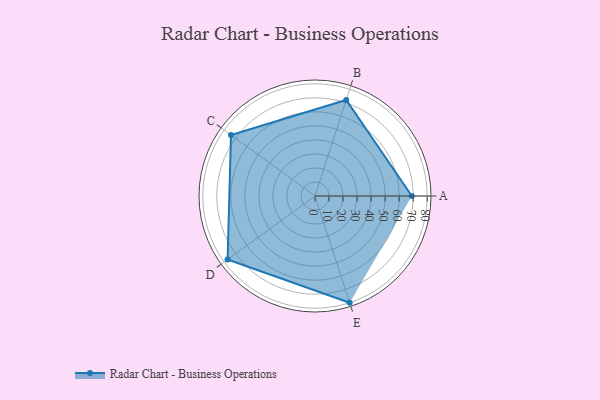
{"axis": {"x": "Skill", "y": "Score"}, "legend": ["Profile"], "data": [{"x": "A", "y": 69.0, "type": "Profile"}, {"x": "B", "y": 72.0, "type": "Profile"}, {"x": "C", "y": 74.0, "type": "Profile"}, {"x": "D", "y": 77.0, "type": "Profile"}, {"x": "E", "y": 80.0, "type": "Profile"}]}